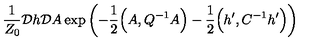
\frac { 1 } { Z _ { 0 } } { \cal D } h { \cal D } A \exp \left( - \frac { 1 } { 2 } \Big ( A , Q ^ { - 1 } A \Big ) - \frac { 1 } { 2 } \Big ( h ^ { \prime } , C ^ { - 1 } h ^ { \prime } \Big ) \right)